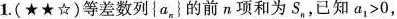
1.(★★☆)等差数列{a_{n}}的前n项和为S_{n}，已知$$a _ { 1 } > 0$$，